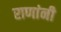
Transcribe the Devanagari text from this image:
राणांनी